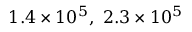
1 . 4 \times 1 0 ^ { 5 } , ~ 2 . 3 \times 1 0 ^ { 5 }